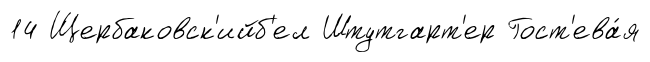
14 Щербаковск'ийб'ел Штутгарт'ер Гост'ева́я